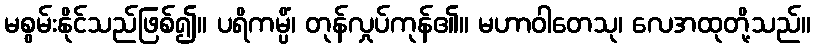
မစွမ်းနိုင်သည်ဖြစ်၍။ ပရိကမ္ပိံ၊ တုန်လှုပ်ကုန်၏။ မဟာဝါတေသု၊ လေအထုတို့သည်။